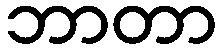
ဘာတာ